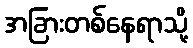
အခြားတစ်နေရာသို့